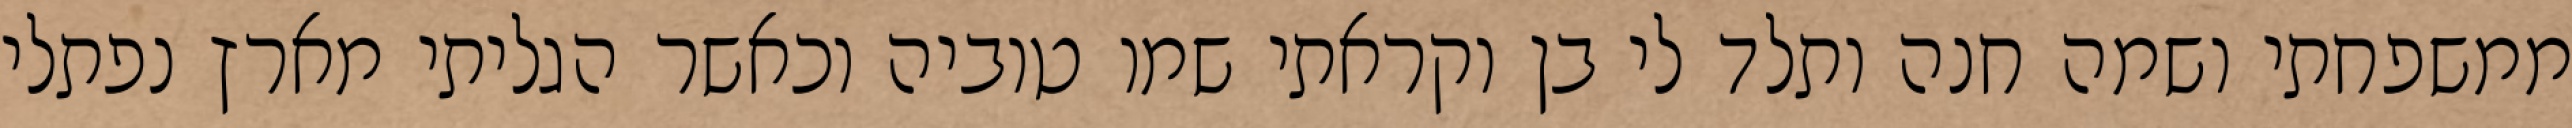
ממשפחתי ושמה חנה ותלד לי בן וקראתי שמו טוביה וכאשר הגליתי מארץ נפתלי